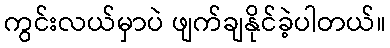
ကွင်းလယ်မှာပဲ ဖျက်ချနိုင်ခဲ့ပါတယ်။